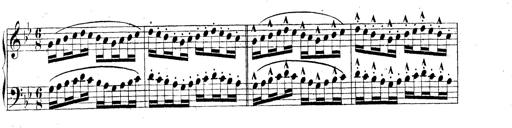
Title: Technische Studien
Composer: Franz Liszt